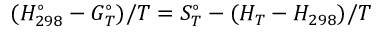
( H _ { 2 9 8 } ^ { \circ } - G _ { T } ^ { \circ } ) / T = S _ { T } ^ { \circ } - ( H _ { T } - H _ { 2 9 8 } ) / T